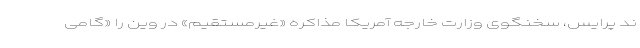
ند پرایس، سخنگوی وزارت خارجه آمریکا مذاکره «غیرمستقیم» در وین را «گامی